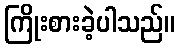
ကြိုးစားခဲ့ပါသည်။